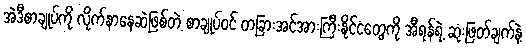
အဲဒီစာချုပ်ကို လိုက်နာနေဆဲဖြစ်တဲ့ စာချုပ်ဝင် တခြားအင်အားကြီးနိုင်ငံတွေကို အီရန်ရဲ့ ဆုံးဖြတ်ချက်နဲ့